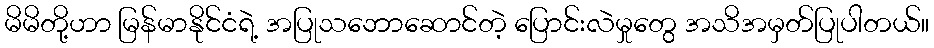
မိမိတို့ဟာ မြန်မာနိုင်ငံရဲ့ အပြုသဘောဆောင်တဲ့ ပြောင်းလဲမှုတွေ အသိအမှတ်ပြုပါတယ်။